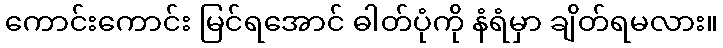
ကောင်းကောင်း မြင်ရအောင် ဓါတ်ပုံကို နံရံမှာ ချိတ်ရမလား။